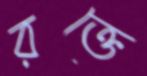
রক্তে